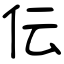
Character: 伝